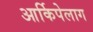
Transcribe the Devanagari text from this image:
आर्किपेलाग